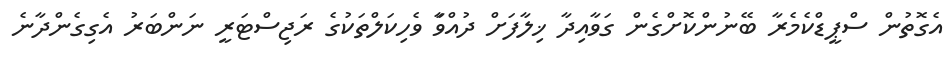
އެގޮތުން ސްޕީޑްކެމެރާ ބޭނުންކޮށްގެން ގަވާއިދާ ޚިލާފަށް ދުއްވަާ ވެހިކަލްތަކުގެ ރަޖިސްޓަރީ ނަންބަރު އެގިގެންދާނެ